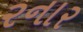
રનાર